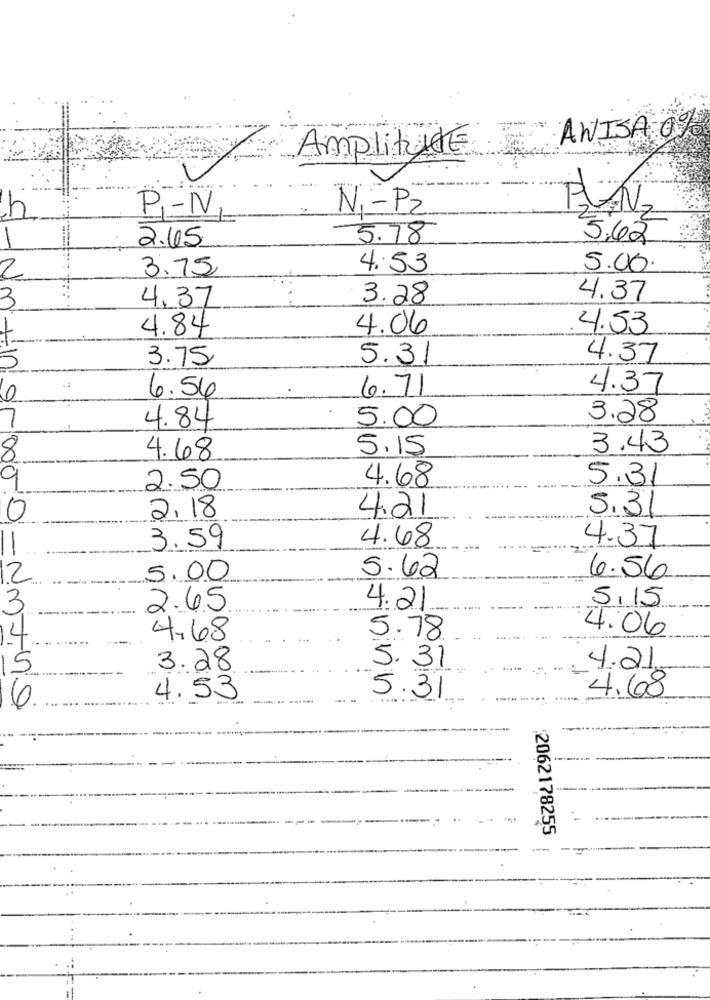
AVISA 0%
Amplitude
CINI
h
P-N
N .- P2
2.65
5.78
5.62
3.75
4.53
5.00
2
3
3.28
4.37
4.37
4.84
4.06
4.53
3.75
5.31
4.37
5
6.71
4.37
0
6.54
7
5.00
3.28
4.84
5.15
3.43
4.68
4.68
2.50
5.31
5,3
0
2,18
4.21
4.68
4.37
OMDON'T
3.59
5.62
2
5.00
6.56
5,15
3
2.65
4.21
-
4.06
4
4.68
5.78
15
3.28
5.31
4.21
4.53
100000m
5.31
4.68
6
2062178255
----